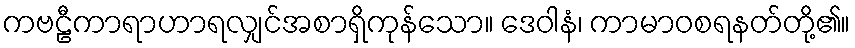
ကဗဠီကာရာဟာရလျှင်အစာရှိကုန်သော။ ဒေဝါနံ၊ ကာမာဝစရနတ်တို့၏။